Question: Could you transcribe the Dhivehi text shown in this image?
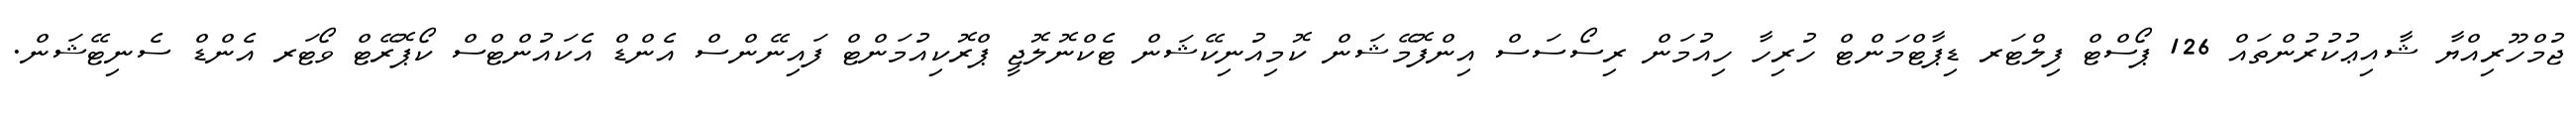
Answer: ޖުމްހޫރިއްޔާ ޝާއިޢުކުރުންތައް 126 ޕޯސްޓް ފިލްޓަރ ޑިޕާޓްމަންޓް ހުރިހާ ހިއުމަން ރިސޯސަސް އިންފޮމޭޝަން ކޮމިއުނިކޭޝަން ޓެކްނޮލޮޖީ ޕްރޮކިއުމަންޓް ފައިނޭންސް އެންޑް އެކައުންޓްސް ކޯޕޮރޭޓް ވޯޓަރ އެންޑް ސެނިޓޭޝަން.